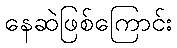
နေဆဲဖြစ်ကြောင်း